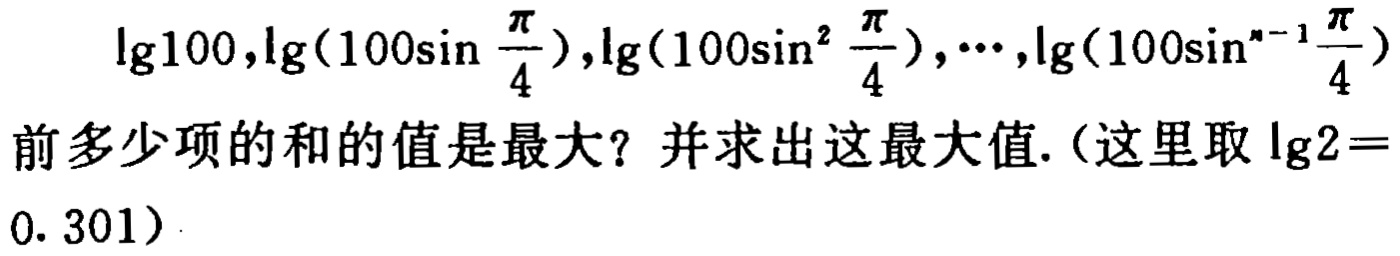
\(\lg100,\lg(100\sin \frac{\pi}{4}),\lg(100\sin^{2} \frac{\pi}{4}),\cdots,\lg(100\sin^{n - 1}\frac{\pi}{4})\)前多少项的和的值是最大？并求出这最大值.（这里取\(\lg2 = 0.301\)）